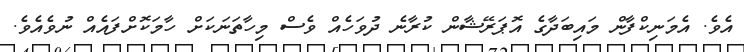
އެވެ. އެމަނިކްފާން މައިބަދާގެ އޮޕަރޭޝާން ކުރާނެ ދުވަހެއް ވެސް މިހާތަނަކަށް ހާމަކޮށްފައެއް ނުވެއެވެ.